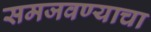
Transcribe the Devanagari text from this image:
समजवण्याचा